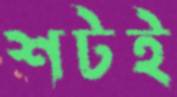
শটই